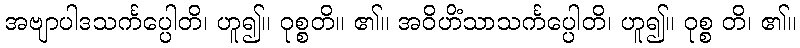
အဗျာပါဒသင်္ကပ္ပေါတိ၊ ဟူ၍။ ဝုစ္စတိ။ ၏။ အဝိဟိံသာသင်္ကပ္ပေါတိ၊ ဟူ၍။ ဝုစ္စ တိ၊ ၏။